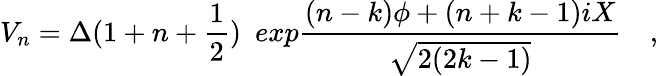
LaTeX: V_{n}=\Delta(1+n+{\frac{1}{2}})~~exp{\frac{(n-k)\phi+(n+k-1)iX}{\sqrt{2(2k-1)}}}\quad,